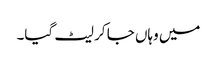
میں وہاں جا کر لیٹ گیا۔